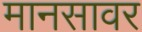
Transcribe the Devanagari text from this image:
मानसावर